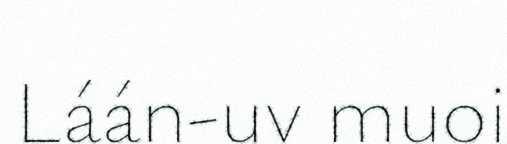
Láán-uv muoi